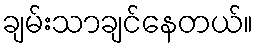
ချမ်းသာချင်နေတယ်။